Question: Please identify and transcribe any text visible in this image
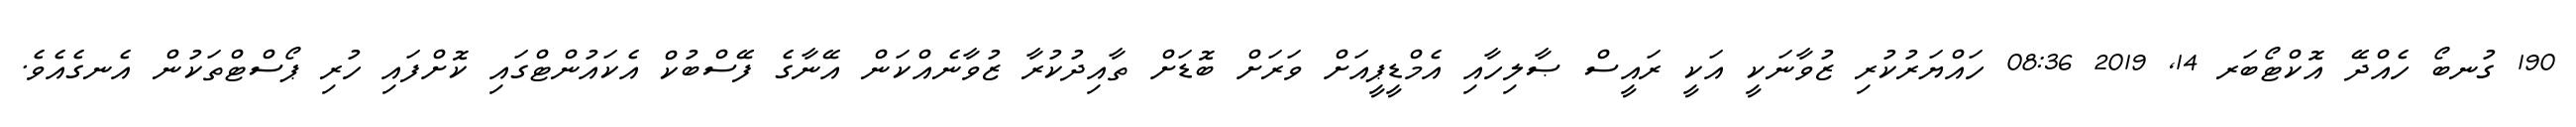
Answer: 190 ގުނބޯ ހެއްދޭ އޮކްޓޯބަރ 14, 2019 08:36 ހައްޔަރުކުރި ޒުވާނަކީ އަކީ ރައީސް ޞާލިހާއި އެމްޑީޕީއަށް ވަރަށް ބޮޑަށް ތާއިދުކުރާ ޒުވާނެއްކަން އޭނާގެ ފޭސްބުކް އެކައުންޓްގައި ކޮށްފައި ހުރި ޕޯސްޓްތަކުން އެނގެއެވެ.